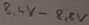
Text: 8,4V-8,8V